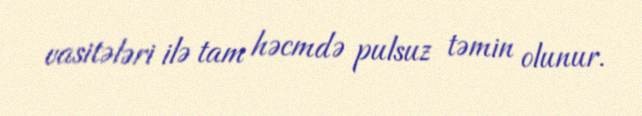
vasitələri ilə tam həcmdə pulsuz təmin olunur.